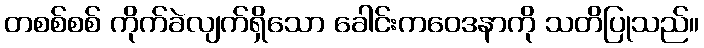
တစစ်စစ် ကိုက်ခဲလျက်ရှိသော ခေါင်းကဝေဒနာကို သတိပြုသည်။